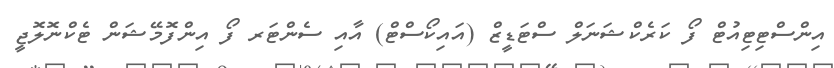
އިންސްޓިޓިއުޓް ފޯ ކަރެކްޝަނަލް ސްޓަޑީޒް (އައިކޯސްޓް) އާއި ސެންޓަރ ފޯ އިންފޮމޭޝަން ޓެކްނޮލޮޖީ